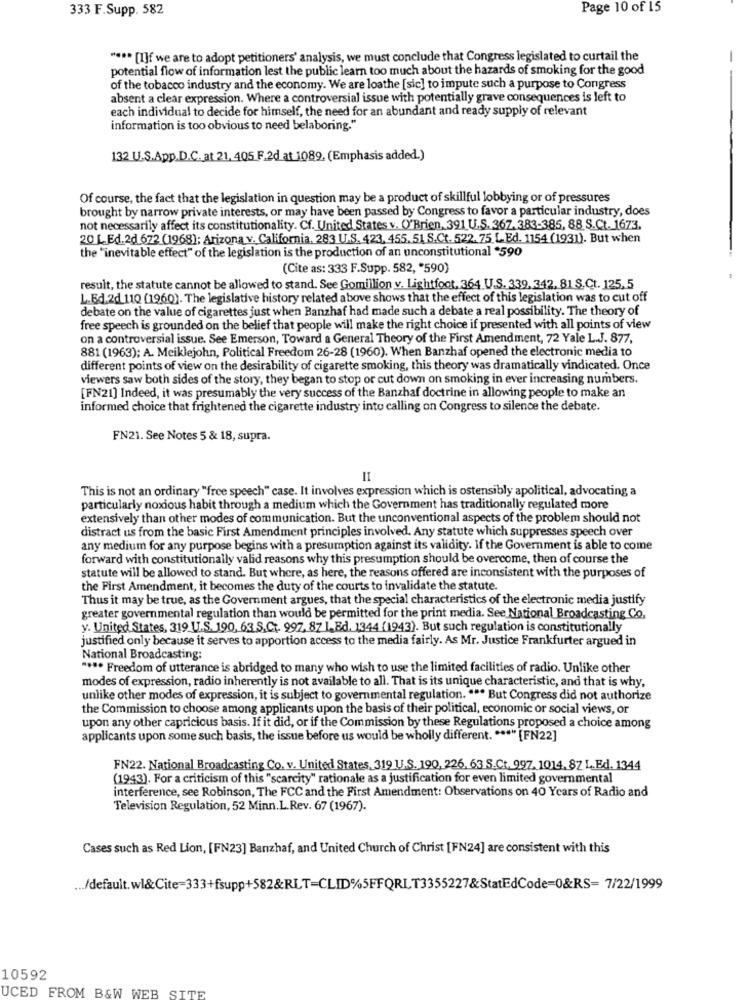
333 F.Supp. 582
Page 10 of 15
" *** [I]f we are to adopt petitioners' analysis, we must conclude that Congress legislated to curtail the
potential flow of information lest the public learn too much about the hazards of smoking for the good
of the tobacco industry and the economy. We are loathe [sic] to impute such a purpose to Congress
absent a clear expression. Where a controversial issue with potentially grave consequences is left to
each individual to decide for himself, the need for an abundant and ready supply of relevant
information is too obvious to need belaboring."
132 U.S.App.D.C. at 21, 405 F.2d at 1089, (Emphasis added.)
Of course, the fact that the legislation in question may be a product of skillful lobbying or of pressures
brought by narrow private interests, or may have been passed by Congress to favor a particular industry, does
not necessarily affect its constitutionality. Cf. United States v. O'Brien, 391 U.S. 367.383-385, 88 S.Ct. 1673.
20 L.Ed.2d 672 (1968); Arizona v. California, 283 U.S. 423. 455.51. S.Ct. 522. 75. L.Ed. 1154 (1931). But when
the "inevitable effect" of the legislation is the production of an unconstitutional *590
(Cite as: 333 F.Supp. 582, "590)
result, the statute cannot be allowed to stand. See Gomillion v. Lightfoot, 364 U.S. 339, 342, 81 S.Ct. 125, 5
L.Bd.2d 110 (1960). The legislative history related above shows that the effect of this legislation was to cut off
debate on the value of cigarettes just when Banzhaf had made such a debate a real possibility. The theory of
free speech is grounded on the belief that people will make the right choice if presented with all points of view
on a controversial issue. See Emerson, Toward a General Theory of the First Amendment, 72 Yale L.J. 877,
881 (1963); A. Meiklejohn, Political Freedom 26-28 (1960). When Banzhaf opened the electronic media to
different points of view on the desirability of cigarette smoking, this theory was dramatically vindicated. Once
viewers saw both sides of the story, they began to stop or cut down on smoking in ever increasing numbers.
[FN21] Indeed, it was presumably the very success of the Banzhaf doctrine in allowing people to make an
informed choice that frightened the cigarette industry into calling on Congress to silence the debate.
FN21. See Notes 5 & 18, supra.
II
This is not an ordinary "free speech" case. It involves expression which is ostensibly apolitical, advocating a
particularly noxious habit through a medium which the Government has traditionally regulated more
extensively than other modes of communication. But the unconventional aspects of the problem should not
distract us from the basic First Amendment principles involved. Any statute which suppresses speech over
any medium for any purpose begins with a presumption against its validity. If the Government is able to come
forward with constitutionally valid reasons why this presumption should be overcome, then of course the
statute will be allowed to stand. But where, as here, the reasons offered are inconsistent with the purposes of
the First Amendment, it becomes the duty of the courts to invalidate the statute.
Thus it may be true, as the Government argues, that the special characteristics of the electronic media justify
greater governmental regulation than would be permitted for the print media. See National Broadcasting Co.
y. United States, 319 U.S. 190, 63 S.Ct. 997, 87 1.Ed. 1344 (1943). But such regulation is constitutionally
justified only because it serves to apportion access to the media fairly. As Mr. Justice Frankfurter argued in
National Broadcasting:
**** Freedom of utterance is abridged to many who wish to use the limited facilities of radio. Unlike other
modes of expression, radio inherently is not available to all. That is its unique characteristic, and that is why,
unlike other modes of expression, it is subject to governmental regulation. " ** But Congress did not authorize
the Commission to choose among applicants upon the basis of their political, economic or social views, or
upon any other capricious basis. If it did, or if the Commission by these Regulations proposed a choice among
applicants upon some such basis, the issue before us would be wholly different. *** " [FN22]
FN22. National Broadcasting Co. v. United States, 319 U.S. 190, 226, 63 S.Ct. 997, 1014. SZ.L.Ed. 1344
(1943). For a criticism of this "scarcity" rationale as a justification for even limited governmental
interference, see Robinson, The FCC and the First Amendment: Observations on 40 Years of Radio and
Television Regulation, 52 Minn.L.Rev. 67 (1967).
Cases such as Red Lion, [FN23] Banzhaf, and United Church of Christ [FN24] are consistent with this
... /default. wl&Cite=333+fsupp+582&RLT=CLID%5FFQRLT3355227&StatEdCode=0&RS= 7/22/1999
10592
UCED FROM B&W WEB SITE